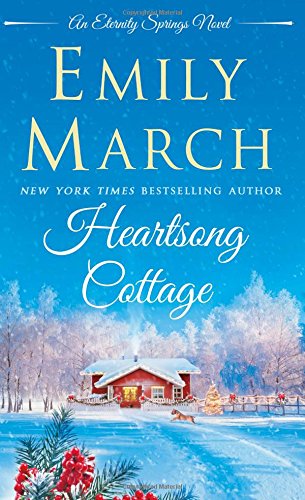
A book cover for Heartsong Cottage: An Eternity Springs Novel; Emily March; Romance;